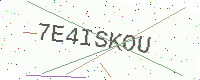
Text: 7E4ISKOU